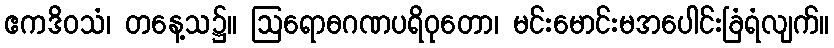
ဧကဒိဝသံ၊ တနေ့သ၌။ ဩရောဓဂဏပရိဝုတော၊ မင်းမောင်းမအပေါင်းခြံရံလျက်။